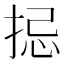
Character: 𢭄